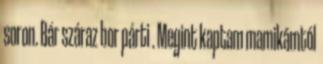
soron. Bár száraz bor párti . Megint kaptam mamikámtól